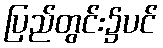
ပြည်တွင်း၌ပင်